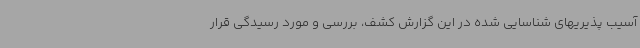
آسیب پذیریهای شناسایی شده در این گزارش کشف، بررسی و مورد رسیدگی قرار